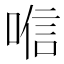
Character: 𱓞